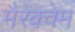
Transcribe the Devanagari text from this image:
मैरक्वेम